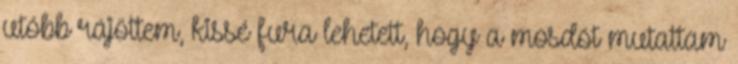
utóbb rájöttem, kissé fura lehetett, hogy a mosdót mutattam